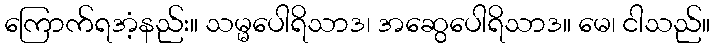
ကြောက်ရအံ့နည်း။ သမ္မပေါရိသာဒ၊ အဆွေပေါရိသာဒ။ မေ၊ ငါသည်။